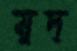
মুদ্